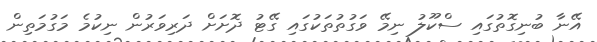
އޭނާ ބުނިގޮތުގައި ސްކޫލު ނިމޭ ވަގުތުތަކުގައި ގޭޓު ދޮށަށް ދަރިވަރުން ނިކުމެ މަގުމަތިން